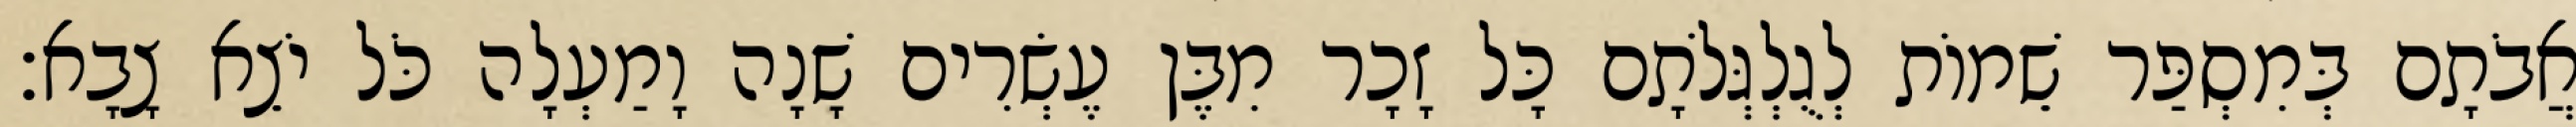
אֲבֹתָם בְּמִסְפַּר שֵׁמוֹת לְגֻלְגְּלֹתָם כָּל זָכָר מִבֶּן עֶשְׂרִים שָׁנָה וָמַעְלָה כֹּל יֹצֵא צָבָא׃